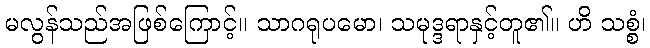
မလွန်သည်အဖြစ်ကြောင့်။ သာဂရုပမော၊ သမုဒ္ဒရာနှင့်တူ၏။ ဟိ သစ္စံ၊